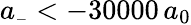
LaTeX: a_{\scriptscriptstyle-}<-30000\, a_{0}